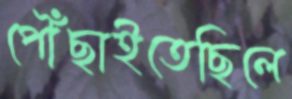
পৌঁছাইতেছিলে